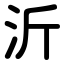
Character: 沂